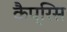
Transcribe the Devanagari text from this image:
कैप्रिस